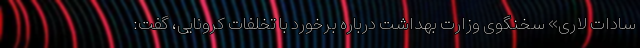
سادات لاری» سخنگوی وزارت بهداشت درباره برخورد با تخلفات کرونایی، گفت: